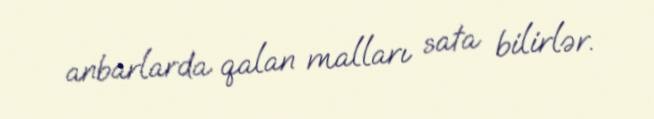
anbarlarda qalan malları sata bilirlər.